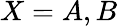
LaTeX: X=A,B